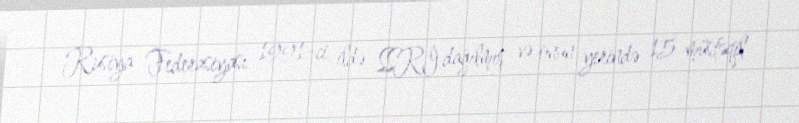
Rusiya Federasiyası 1991-ci ildə SSRİ dağılmış və onun yerində 15 müstəqil